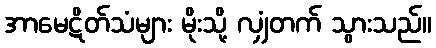
အာမေဋိတ်သံများ မိုးသို့ လျှံတက် သွားသည်။